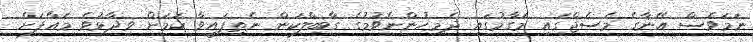
ނަމަވެސް އޭނާގެ މެސެޖްގައި މަގާމުގައި ދެމިހުންނެވުމުގެ ގާބިލްކަން ނެތިފައިވާ ކަމަށް ވިދާޅުވެ މައާފަށް